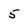
Character: 5